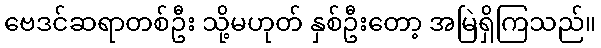
ဗေဒင်ဆရာတစ်ဦး သို့မဟုတ် နှစ်ဦးတော့ အမြဲရှိကြသည်။